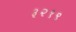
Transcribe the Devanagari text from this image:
३२१९